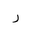
Letter: _ra